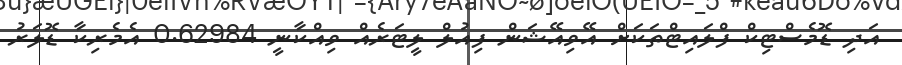
އަދި ޑޮމެސްޓިކް ފްލައިޓްތަކަށް އޭވިއޭޝަން ފިއުލް ލީޓަރެއް ވިއްކާނީ 0.62984 އެމެރިކާ ޑޮލަރު